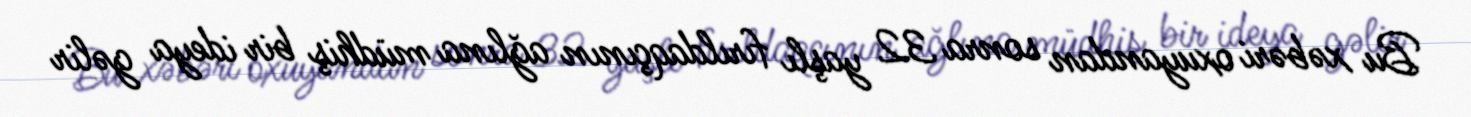
Bu xəbəri oxuyandan sonra 32 yaşlı fırıldaqçının ağlına müdhiş bir ideya gəlir